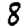
Digit: 8